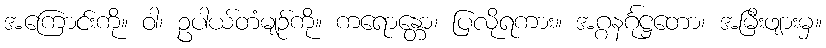
အကြောင်းကို။ ဝါ၊ ဥပါယ်တံမျဉ်ကို။ ကရောန္တော၊ ပြလိုရကား။ အဂ္ဂနင်္ဂုဋ္ဌတော၊ အမြီးဖျားမှ။